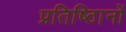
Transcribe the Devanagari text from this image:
प्रतिष्ठिानों